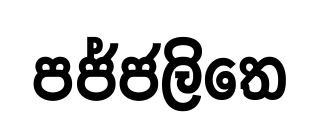
පජ්ජලිතෙ